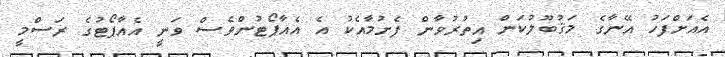
އެއަށްފަހު އޭނާގެ މަޤުބޫލުކަން އިތުރުވާން ފެށުމާއެކު އެ އެއާޕޯޓުންވެސް ވަނީ އެއާޕޯޓުގެ ރަސްމީ